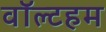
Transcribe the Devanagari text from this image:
वॉल्टहम